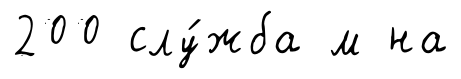
200 слу́жба м на